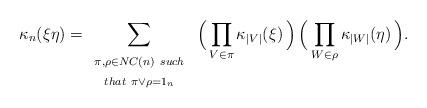
LaTeX: \begin{align*} \kappa_n ( \xi \eta ) = \sum_{\begin{array}{c}{\scriptstyle \pi , \rho \in NC(n) \ such} \\{\scriptstyle that \ \pi \vee \rho = 1_n}\end{array} } \ \Bigl( \, \prod_{V \in \pi} \kappa_{|V|} ( \xi ) \, \Bigr) \,\Bigl( \, \prod_{W \in \rho} \kappa_{|W|} ( \eta ) \, \Bigr) .\end{align*}